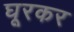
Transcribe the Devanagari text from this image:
घूरकर